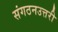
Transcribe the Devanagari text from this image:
संगठनउत्तरी